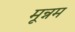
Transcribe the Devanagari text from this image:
मून्नम